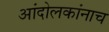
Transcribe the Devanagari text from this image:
आंदोलकांनाच